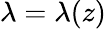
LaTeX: \lambda=\lambda(z)